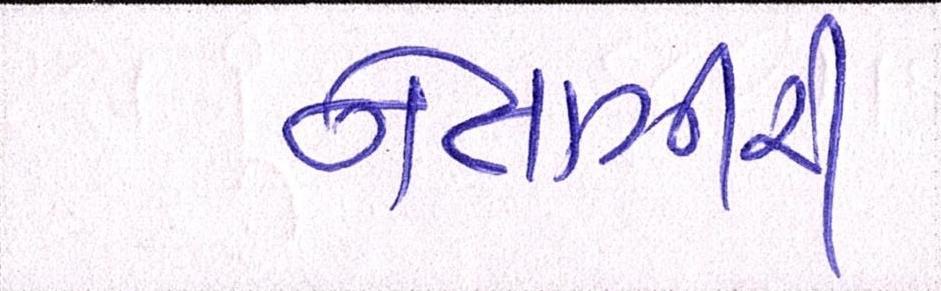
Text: નેતાગીરી